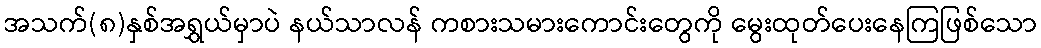
အသက်(၈)နှစ်အရွှယ်မှာပဲ နယ်သာလန် ကစားသမားကောင်းတွေကို မွေးထုတ်ပေးနေကြဖြစ်သော